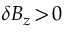
\delta B _ { z } \! > \! 0